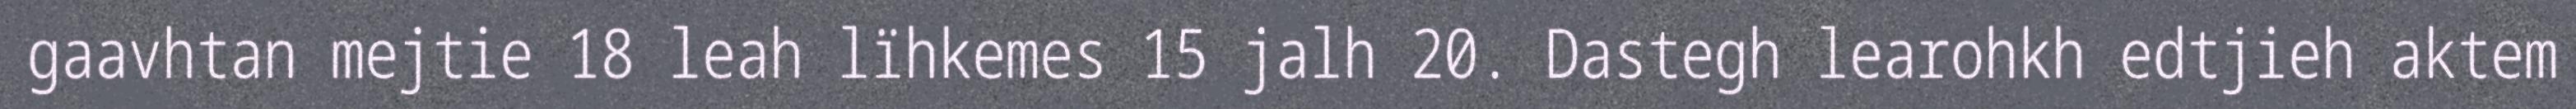
gaavhtan mejtie 18 leah lïhkemes 15 jalh 20. Dastegh learohkh edtjieh aktem